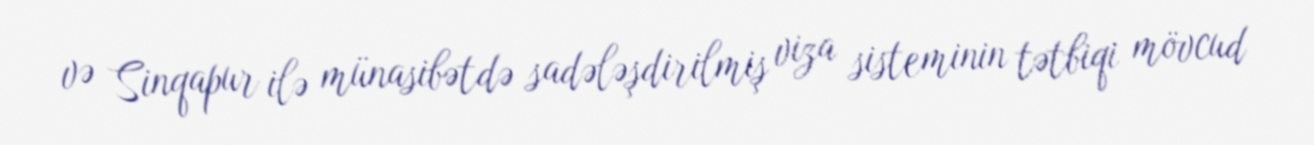
və Sinqapur ilə münasibətdə sadələşdirilmiş viza sisteminin tətbiqi mövcud